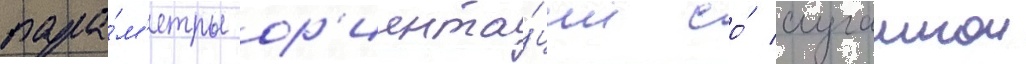
пара́м'етры ор'иента́ции со́ случаинои